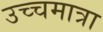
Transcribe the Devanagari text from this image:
उच्चमात्रा